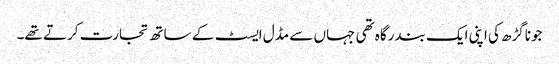
جوناگڑھ کی اپنی ایک بندرگاہ تھی جہاں سے مڈل ایسٹ کے ساتھ تجارت کرتے تھے۔